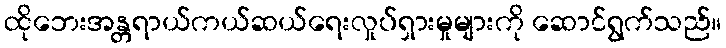
ထိုဘေးအန္တရာယ်ကယ်ဆယ်ရေးလှုပ်ရှားမှုများကို ဆောင်ရွက်သည်။